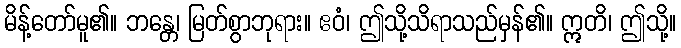
မိန့်တော်မူ၏။ ဘန္တေ၊ မြတ်စွာဘုရား။ ဧဝံ၊ ဤသို့သိရာသည်မှန်၏။ ဣတိ၊ ဤသို့။